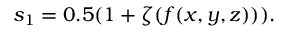
\begin{array} { r } { s _ { 1 } = 0 . 5 ( 1 + \zeta ( f ( x , y , z ) ) ) . } \end{array}